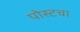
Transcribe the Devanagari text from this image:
पोस्टचा